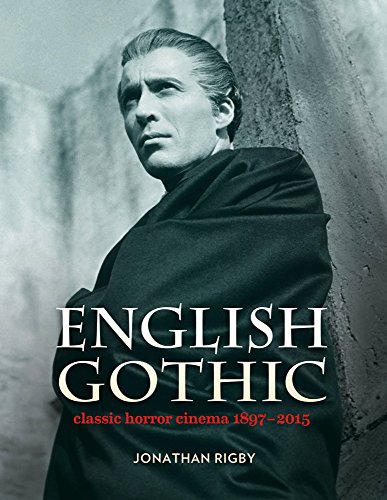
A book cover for English Gothic; Jonathan Rigby; Humor & Entertainment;